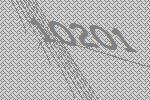
10201